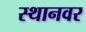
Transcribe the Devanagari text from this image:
स्थानवर